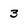
Character: 3